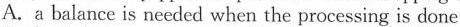
A. a balance is needed when the processing is done